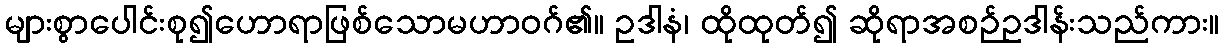
များစွာပေါင်းစု၍ဟောရာဖြစ်သောမဟာဝဂ်၏။ ဥဒါနံ၊ ထိုထုတ်၍ ဆိုရာအစဉ်ဥဒါန်းသည်ကား။